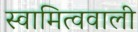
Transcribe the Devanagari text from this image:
स्वामित्ववाली